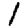
Digit: 1